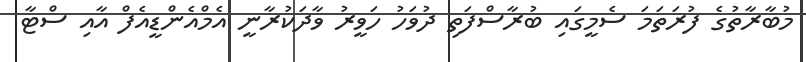
މުބާރާތުގެ ފުރަތަމަ ސެމީގައި ބުރާސްފަތި ދުވަހު ހަވީރު ވާދަކުރާނީ އެމްއެންޑީއެފް އާއި ސްޓާ